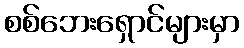
စစ်ဘေးရှောင်များမှာ